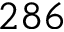
2 8 6